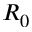
R _ { 0 }